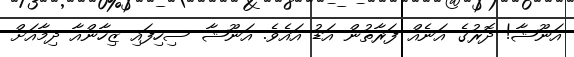
އަނޫޝާ! ދޮރުގެ އަނެއް ފަރާތުން އަޑު އައެވެ. އަނޫޝާ ސިހިފައި ޒިހާންއާ ދިމާއަށް